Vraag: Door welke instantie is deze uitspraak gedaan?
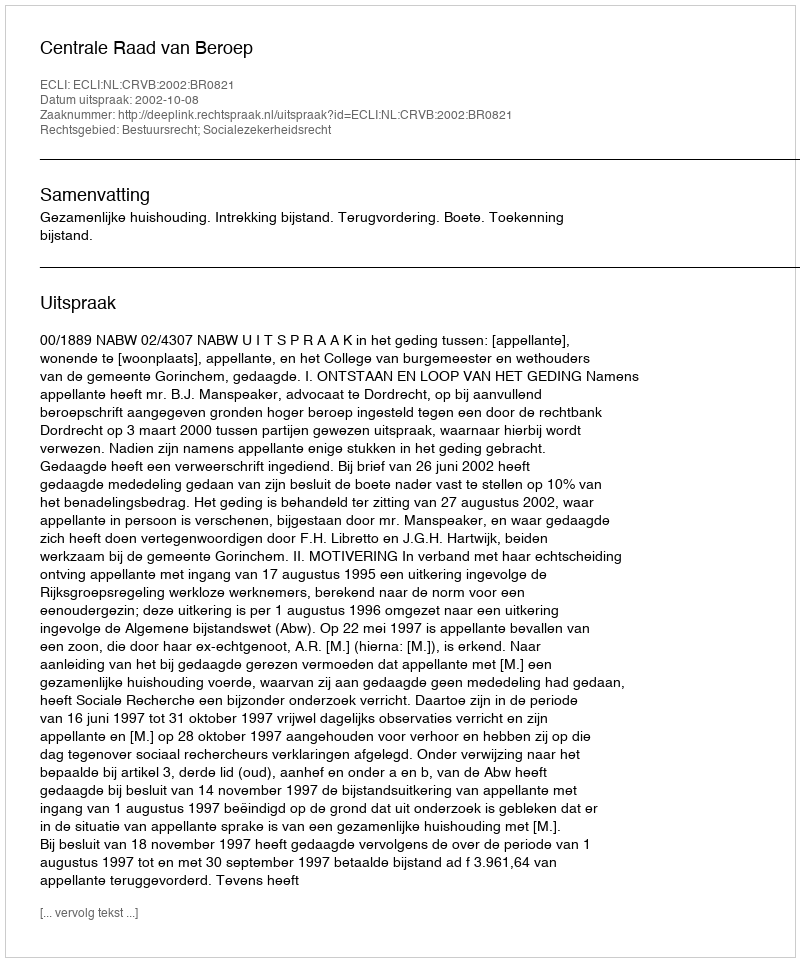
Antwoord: Centrale Raad van Beroep